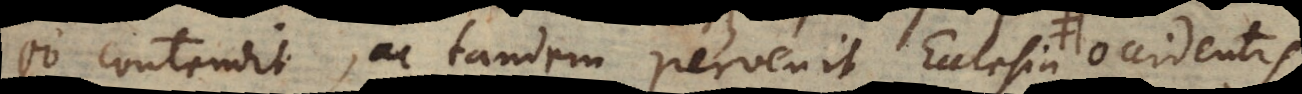
eo contendit, ac tandem pervenit Ecclesia occidentis,